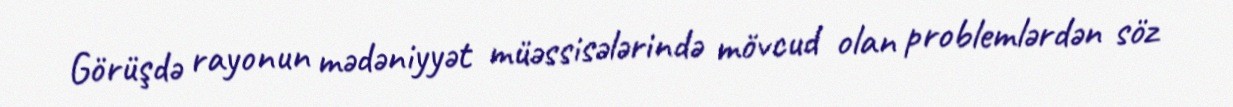
Görüşdə rayonun mədəniyyət müəssisələrində mövcud olan problemlərdən söz